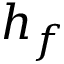
h _ { f }